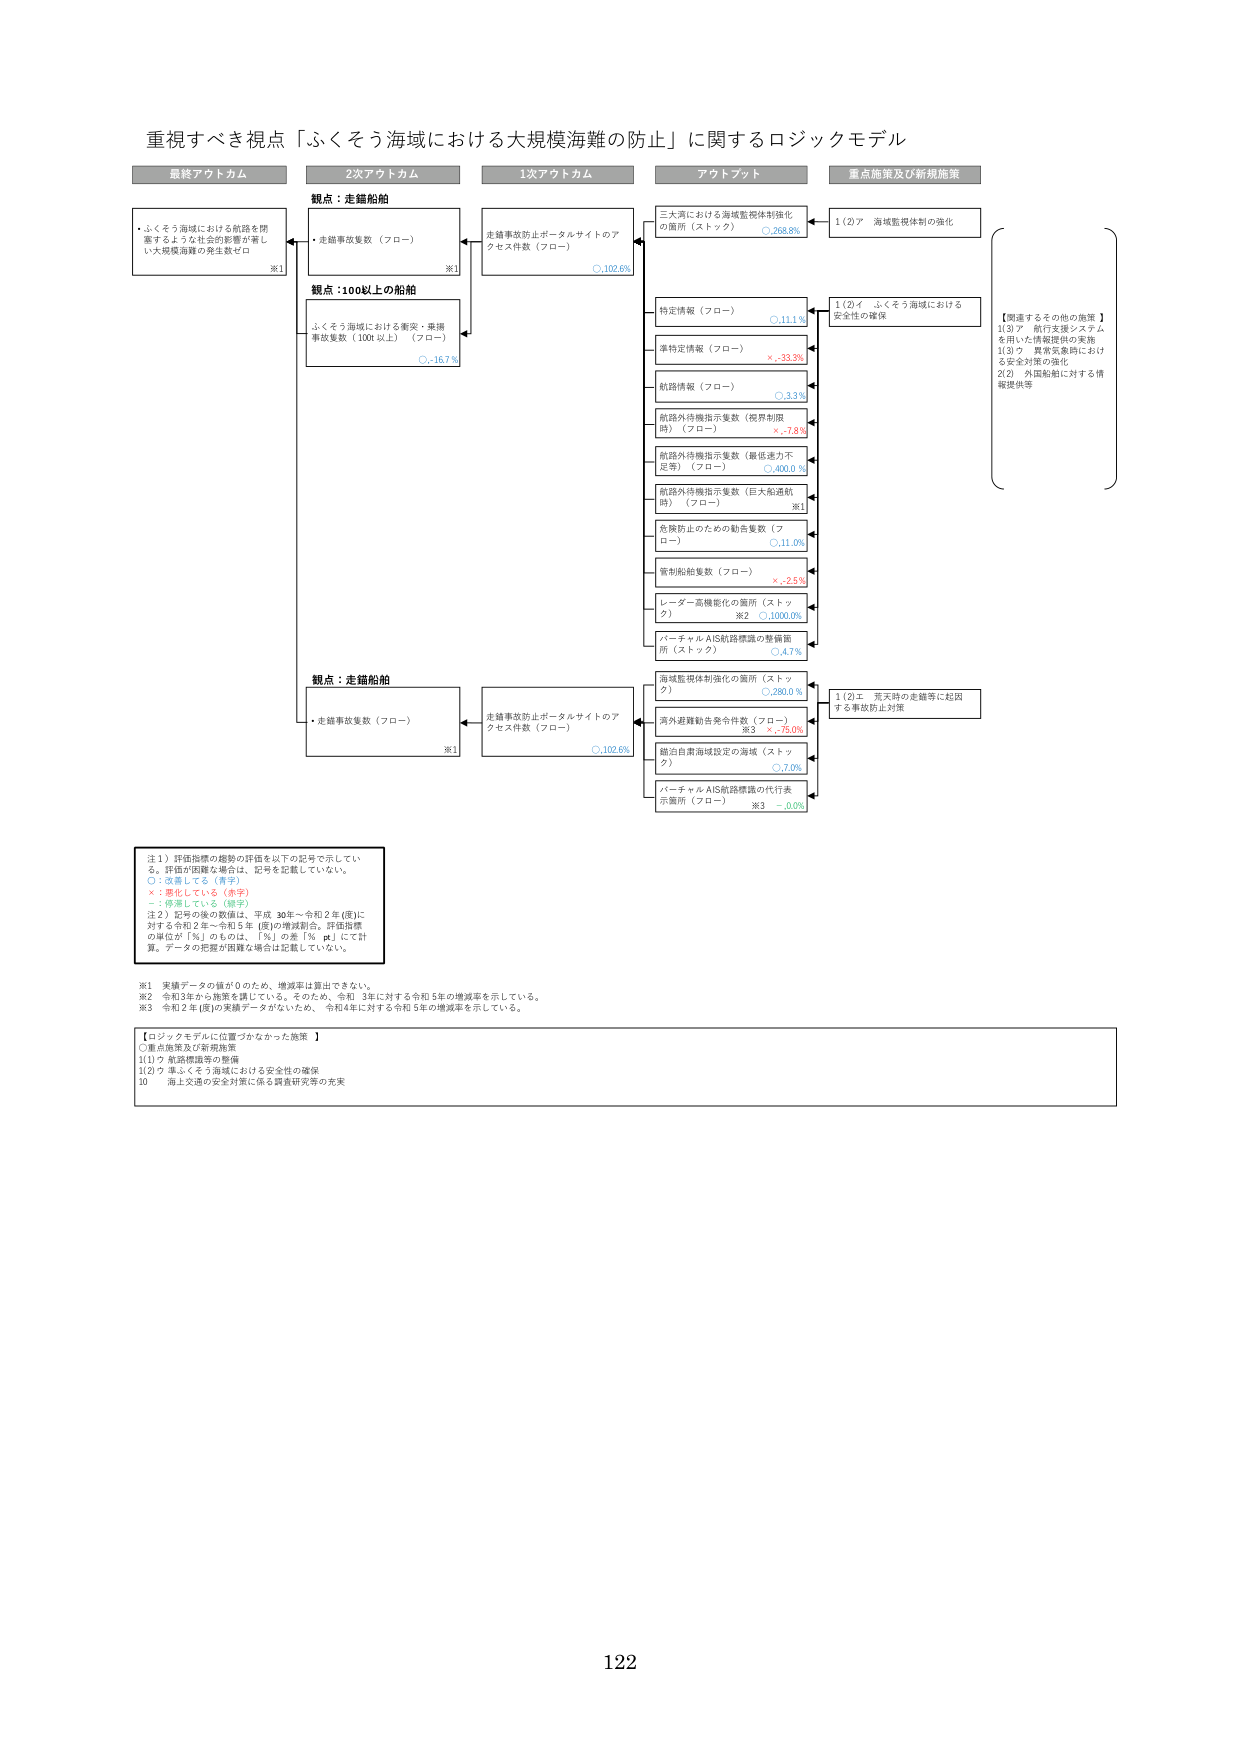
重視すべき視点「ふくそう海域における大規模海難の防止」に関するロジックモデル

最終アウトカム
・ふくそう海域における航路を閉塞するような社会的影響が著しい大規模海難の発生ゼロ

2次アウトカム
観点：走錨船舶
・走錨事故復数（フロー）

観点：100t以上の船舶
・ふくそう海域における衝突・乗損事故復数（100t以上）（フロー） ○ -16.7%

1次アウトカム
走錨事故防止ポータルサイトのアクセス件数（フロー） ○ 102.6%

アットプット
三大湾における海域監視体制強化の箇所（ストック） ○ 268.8%
特定情報（フロー） ○ 11.1%
非特定情報（フロー） × -33.3%
航路情報（フロー） ○ 3.3%
航路外待機指示复数（視界制限時）（フロー） × -7.8%
航路外待機指示复数（最低速力不足等）（フロー） ○ 400.0%
航路外待機指示复数（巨大船通航時）（フロー） ※1
危険防止のための勧告复数（フロー） ○ 11.6%
管制船舶复数（フロー） × -2.5%
レーダー高機能化の箇所（ストック） ※2 ○ 1000.0%
バーチャルAIS航路標識の整備箇所（ストック） ○ 4.7%
海域監視体制強化の箇所（ストック） ○ 280.0%
湾外避難勧告発令件数（フロー） ※3 × -75.0%
錨泊自粛海域設定の海域（ストック） ○ 7.0%
バーチャルAIS航路標識の代行表示箇所（フロー） ※3 - 0.0%

重点施策及び新規施策
1(2)ア 海域監視体制の強化
1(2)イ ふくそう海域における安全性の確保
【関連するその他の施策】
1(3)ア 航行支援システムを用いた情報提供の実施
1(3)ウ 異常気象時における安全対策の強化
2(2) 外国船舶に対する情報提供等

1(2)エ 悪天時の走錨等に起因する事故防止対策

注1）評価指標の趨勢の評価を以下の記号で示している。評価が困難な場合は、記号を記載していない。
○：改善している（青字）
×：悪化している（赤字）
－：停滞している（緑字）
注2）記号の後の数値は、平成30年～令和2年(度)に対する令和2年～令和5年(度)の増減割合。評価指標の単位が「%」のものは、「%」の差「% pt」にて計算。データの把握が困難な場合は記載していない。

※1 実績データの値が0のため、増減率は算出できない。
※2 令和3年から施策を講じている。そのため、令和3年に対する令和5年の増減率を示している。
※3 令和2年(度)の実績データがないため、令和4年に対する令和5年の増減率を示している。

【ロジックモデルに位置づけなかった施策】
〇重点施策及び新規施策
1(1)ア 航路標識等の整備
1(2)ウ ふくそう海域における安全性の確保
10 海上交通の安全対策に係る調査研究等の充実

122